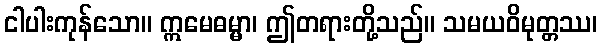
ငါပါးကုန်သော။ ဣမေဓမ္မာ၊ ဤတရားတို့သည်။ သမယဝိမုတ္တဿ၊